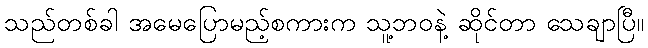
သည်တစ်ခါ အမေပြောမည့်စကားက သူ့ဘဝနဲ့ ဆိုင်တာ သေချာပြီ။